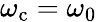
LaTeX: \omega_{\mathrm{c}}=\omega_{0}